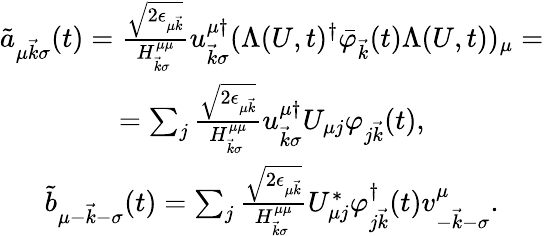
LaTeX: \begin{array}{c}{{\tilde{a}_{\mu\vec{k}\sigma}(t)=\frac{\sqrt{2\epsilon_{\mu\vec{k}}}}{H_{\vec{k}\sigma}^{\mu\mu}}u_{\vec{k}\sigma}^{\mu\dagger}(\Lambda(U,t)^{\dagger}\bar{\varphi}_{\vec{k}}(t)\Lambda(U,t))_{\mu}=}}\\ {{=\sum_{j}\frac{\sqrt{2\epsilon_{\mu\vec{k}}}}{H_{\vec{k}\sigma}^{\mu\mu}}u_{\vec{k}\sigma}^{\mu\dagger}U_{\mu j}\varphi_{j\vec{k}}(t),}}\\ {{\tilde{b}_{\mu-\vec{k}-\sigma}(t)=\sum_{j}\frac{\sqrt{2\epsilon_{\mu\vec{k}}}}{H_{\vec{k}\sigma}^{\mu\mu}}U_{\mu j}^{*}\varphi_{j\vec{k}}^{\dagger}(t)v_{-\vec{k}-\sigma}^{\mu}.}}\end{array}